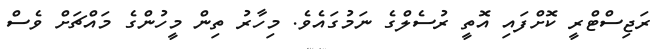
ރަޖިސްޓްރީ ކޮށްފައި އޮތީ ރުސެލްގެ ނަމުގައެވެ. މިހާރު ތިން މީހުންގެ މައްޗަށް ވެސް